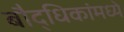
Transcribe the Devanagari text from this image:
बौद्धिकांमध्ये